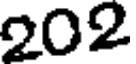
202